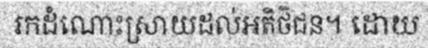
រកដំណោះស្រាយដល់អតិថិជន។ ដោយ